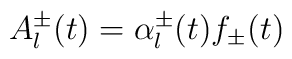
A^{\pm}_l(t) = \alpha^{\pm}_l(t) f_{\pm}(t)\nonumber